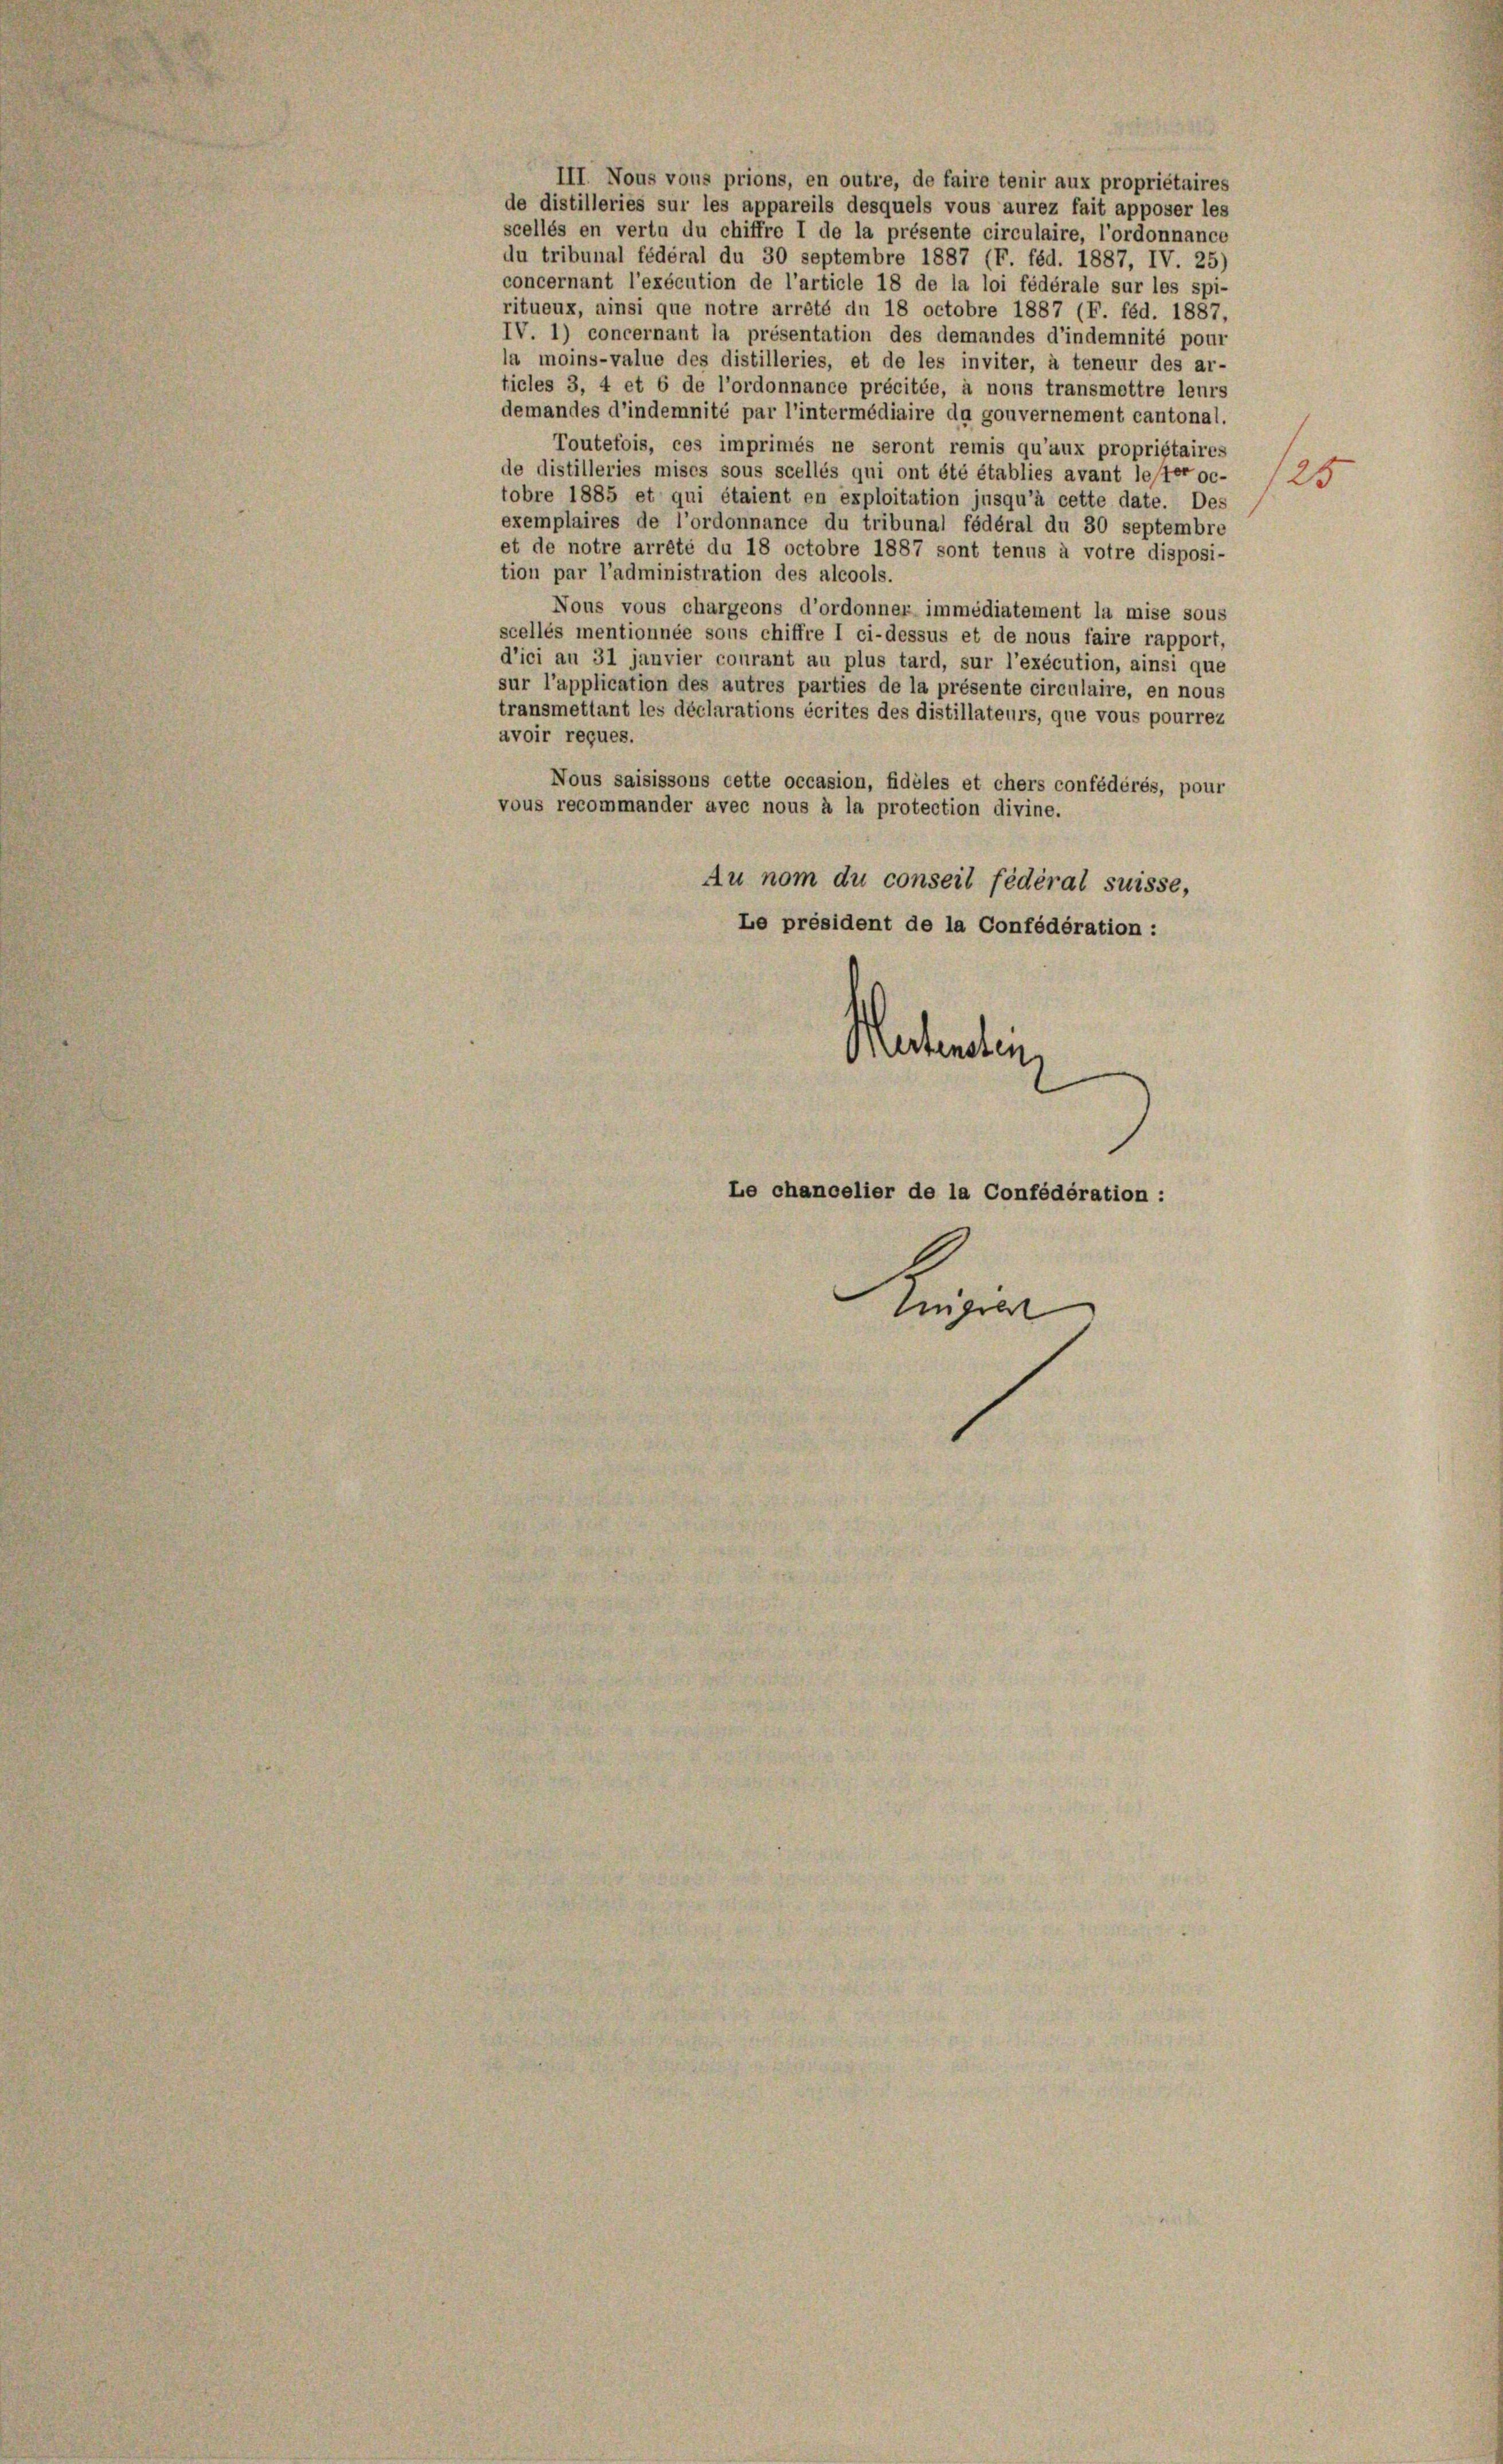
III. Nous vous prions, en outre, de faire tenir aux propriétaires
de distilleries sur les appareils desquels vous aurez fait apposer les
scellés en vertu du chiffre I de la présente circulaire, l’ordonnance
du tribunal fédéral du 30 septembre 1887 (F. féd. 1887, IV. 25)
concernant l’exécution de l’article 18 de la loi fédérale sur les spi-
ritueux, ainsi que notre arrété du 18 octobre 1887 (F. féd. 1887,
IV. 1) concernant la présentation des demandes d’indemnité pour
la moins-value des distilleries, et de les inviter, à teneur des ar-
ticles 3, 4 et 6 de l’ordonnance précitée, à nous transmettre leurs
demandes d’indemnité par l’intermédiaire da gouvernement cantonal.
Toutefois, ces imprimés ne seront remis qu’aux propriétaires
de distilleries mises sous scellés qui ont été établies avant lester oc-
tobre 1885 et qui étaient en exploitation jusqu’à cette date. Des
exemplaires de l’ordonnance du tribunal fédéral du 30 septembre
et de notre arreté du 18 octobre 1887 sont tenus à votre disposi-
tion par l’administration des alcools.
Nous vous chargeons d’ordonner immédiatement la mise sous
scellés mentionnée sous chiffre I ci-dessus et de nous faire rapport,
d’ici au 31 jauvier courant au plus tard, sur l’exécution, ainsi que
sur l’application des autres parties de la présente circulaire, en nous
transmettant les déclarations écrites des distillateurs, que vous pourrez
avoir reçues.
Nous saisissons cette occasion, fidèles et chers confédérés, pour
vous recommander avec nous à la protection divine.
Au nom du conseil fédéral suisse,
Le président de la Confédération :
Mentenden,
Le chancelier de la Confédération :
enge

125